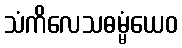
သံကိလေသဓမ္မံယေဝ